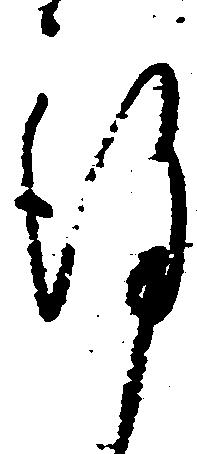
謹